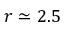
r \simeq 2 . 5